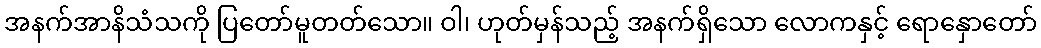
အနက်အာနိသံသကို ပြတော်မူတတ်သော။ ဝါ၊ ဟုတ်မှန်သည့် အနက်ရှိသော လောကနှင့် ရောနှောတော်